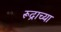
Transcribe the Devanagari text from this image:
रूद्राच्या